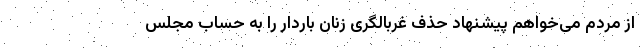
از مردم می‌خواهم پیشنهاد حذف غربالگری زنان باردار را به حساب مجلس